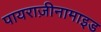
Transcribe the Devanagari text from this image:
पायराज़ीनामाइड